Civil Veterinary Dept. North-West Frontier Province 1901-22 - 1901-1922
Year: 1901
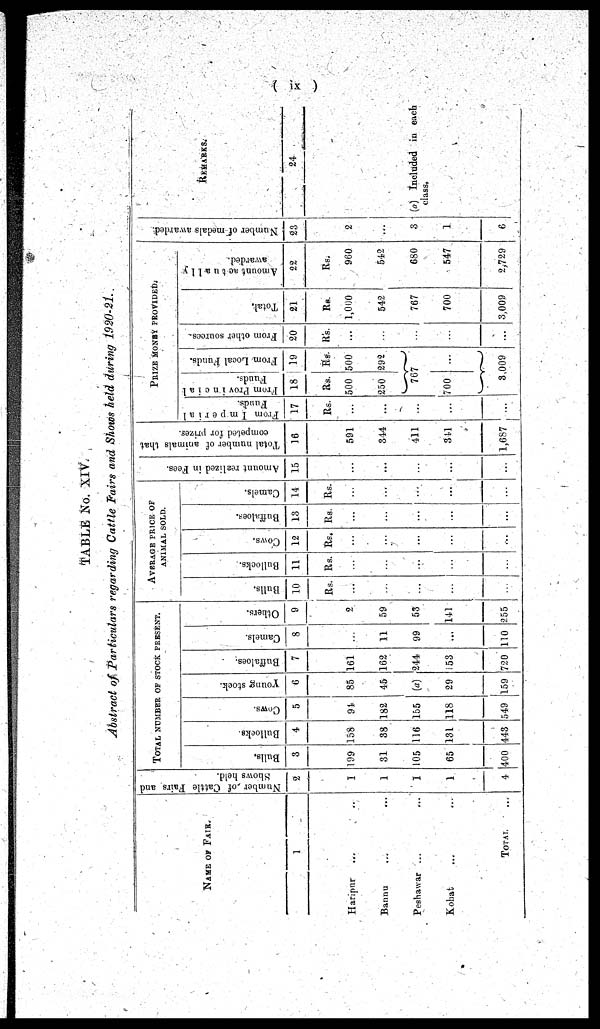
(ix)
TABLE No. XIV.
Abstract of Particulars regarding Cattle Fairs and Shows held during 1920-21.
NAME OF FAIR.
1
Haripur ... ...
Bannu ... ...
Peshawar ... ...
Kohat ... ...
TOTAL ...
Number of Cattle Fairs and
Shows held.
2
1
1
1
1
4
TOTAL NUMBER OF STOCK PRESENT.
Bulls.
3
199
31
105
65
400
Bullocks.
4
158
38
116
131
443
Cows.
5
94
182
155
118
549
Young stock.
6
85
45
(a)
29
159
Buffaloes.
7
161
162
244
53
720
Camels.
8
...
11
99
...
110
Others.
9
2
59
53
141
255
AVERAGE PRICE OF
ANIMAL SOLD.
Bulls.
10
Rs.
...
...
...
...
...
Bullocks.
11
Rs.
...
...
...
...
...
Cows.
12
Rs.
...
...
...
...
...
Buffaloes.
13
Rs.
...
...
...
...
...
Camels.
14
Rs.
...
...
...
...
...
Amount realized in Fees.
15
...
...
...
...
Total number of animals that
competed for prizes.
16
591
344
411
341
1,687
PRIZE MONEY PROVIDED.
17
Rs.
...
...
...
...
...
From Imperial Funds.
18
Rs.
500
250
From Local Funds.
19
Rs.
500
292
767
700 ...
3,009
From other sources.
20
Rs.
...
...
...
...
...
Total.
21
Rs.
1,000
542
767
700
3,009
Amount actually awarded.
22
Rs.
960
542
680
547
2,729
Number of medals awarded.
23
2
...
3
1
6
REMARKS.
24
(a) Included in each
class.